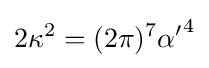
2\kappa ^{2}=(2\pi )^{7}{\alpha '}^{4}